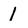
Character: 1